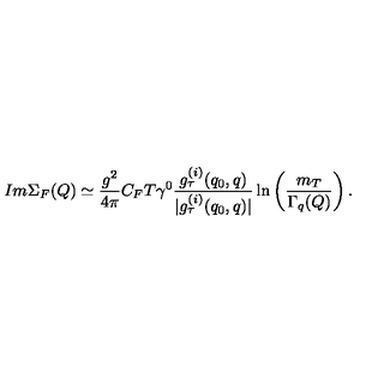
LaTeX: I m \Sigma _ { F } ( Q ) \simeq \frac { g ^ { 2 } } { 4 \pi } C _ { F } T \gamma ^ { 0 } \frac { g _ { \tau } ^ { ( i ) } ( q _ { 0 } , q ) } { | g _ { \tau } ^ { ( i ) } ( q _ { 0 } , q ) | } \ln \left( \frac { m _ { T } } { \Gamma _ { q } ( Q ) } \right) .